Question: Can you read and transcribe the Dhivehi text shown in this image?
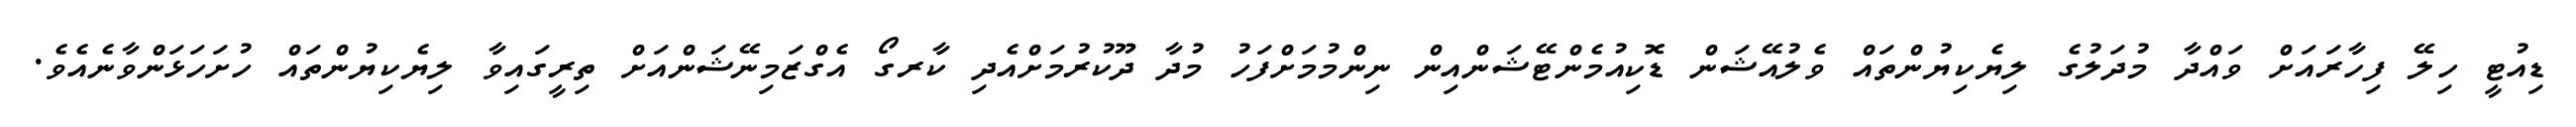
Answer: ޑިއުޓީ ހިލޭ ފިހާރައަށް ވައްދާ މުދަލުގެ ލިޔެކިޔުންތައް ވެލުއޭޝަން ޑޮކިއުމެންޓޭޝަންއިން ނިންމުމަށްފަހު މުދާ ދޫކުރުމަށްއެދި ކާރގޯ އެގްޒަމިނޭޝަންއަށް ތިރީގައިވާ ލިޔެކިޔުންތައް ހުށަހަޅަންވާނެއެވެ.